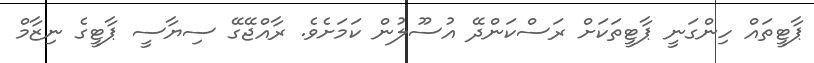
ޕާޓީތައް ހިންގަނީ ޕާޓީތަކަށް ރަސްކަންދޭ އުސޫލުން ކަމަށެވެ. ރާއްޖޭގޭ ސިޔާސީ ޕާޓީގެ ނިޒާމް